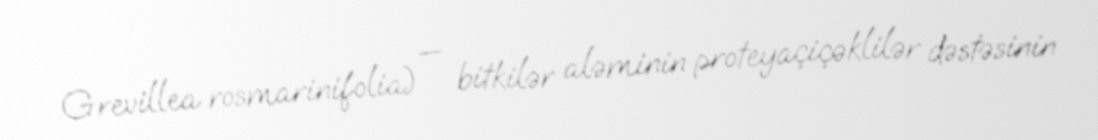
Grevillea rosmarinifolia) — bitkilər aləminin proteyaçiçəklilər dəstəsinin